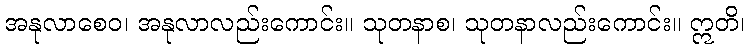
အနုလာစေဝ၊ အနုလာလည်းကောင်း။ သုတနာစ၊ သုတနာလည်းကောင်း။ ဣတိ၊